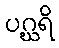
ပဂ္ဃရိ